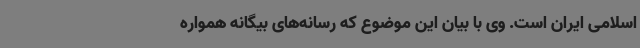
اسلامی ایران است. وی با بیان این موضوع که رسانه‌های بیگانه همواره